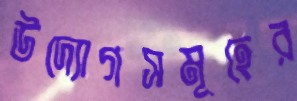
উদ্যোগসমূহের